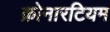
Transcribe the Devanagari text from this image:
क्रोनारटियम